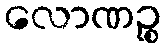
လောဏဉ္စ